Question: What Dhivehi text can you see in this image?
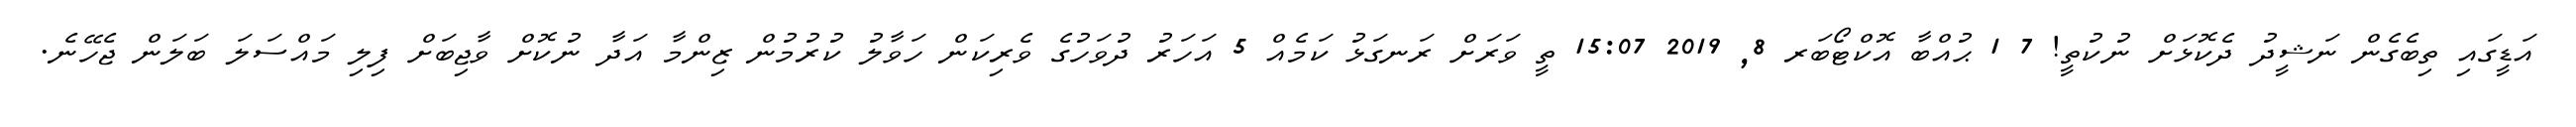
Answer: އަޑީގައި ތިބެގެން ނަޝީދު ދެކޮޅަށް ނުކުތީ! 7 1 ޙުއްބާ އޮކްޓޯބަރ 8, 2019 15:07 ތީ ވަރަށް ރަނގަޅު ކަމެއް 5 އަހަރު ދުވަހުގެ ވެރިކަން ހަވާލު ކުރުމުން ޒިންމާ އަދާ ނުކޮށް ވާޖިބަށް ފިލި މައްސަލަ ބަލަން ޖެހޭނެ.